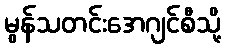
မွန်သတင်းအေဂျင်စီသို့